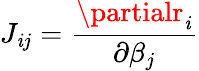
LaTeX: J_{\mathit{i}j}={\frac{{\partialr_{\mathit{i}}}}{{\partial\beta_{j}}}}